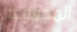
المجموعة